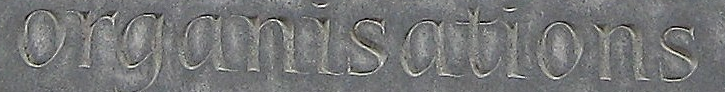
organisations